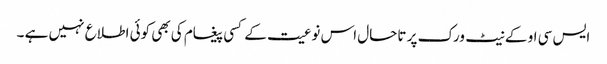
ایس سی او کے نیٹ ورک پر تاحال اس نوعیت کے کسی پیغام کی بھی کوئی اطلاع نہیں ہے ۔